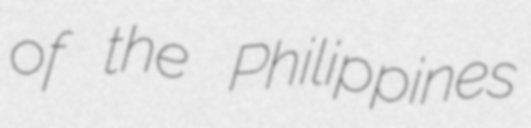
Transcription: of the Philippines